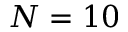
N = 1 0